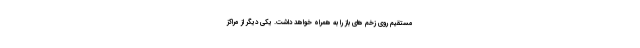
مستقیم روی زخم های باز را به همراه خواهد داشت. یکی دیگر از مراکز